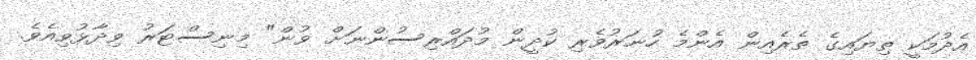
އެދުމަކީ ތިޔައިގެ ތެރެއިން އެންމެ ހުނަރުވެރި ކުދީން މުދައްރިސުންނަށް ވުން" މިނިސްޓަރު ވިދާޅުވިއެވެ.